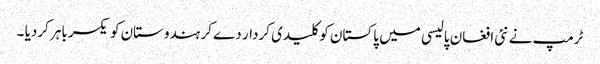
ٹرمپ نے نئی افغان پالیسی میں پاکستان کو کلیدی کردار دے کر ہندوستان کو یکسر باہر کردیا ۔